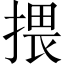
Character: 揋